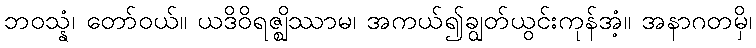
ဘဝသ္နံ၊ တော်ဝယ်။ ယဒိဝိရဇ္ဈိဿာမ၊ အကယ်၍ချွတ်ယွင်းကုန်အံ့။ အနာဂတမှိ၊